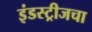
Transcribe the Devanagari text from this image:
इंडस्ट्रीजचा